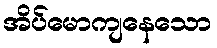
အိပ်မောကျနေသော